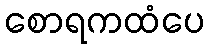
စောရကထံပေ